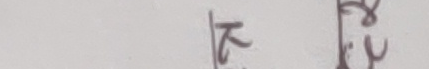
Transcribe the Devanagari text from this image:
४य